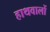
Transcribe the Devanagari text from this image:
हाथवालों